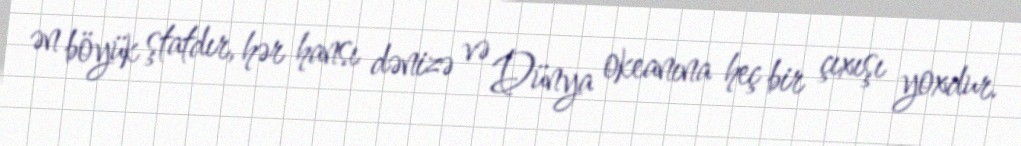
ən böyük ştatdır, hər hansı dənizə və Dünya okeanına heç bir çıxışı yoxdur.